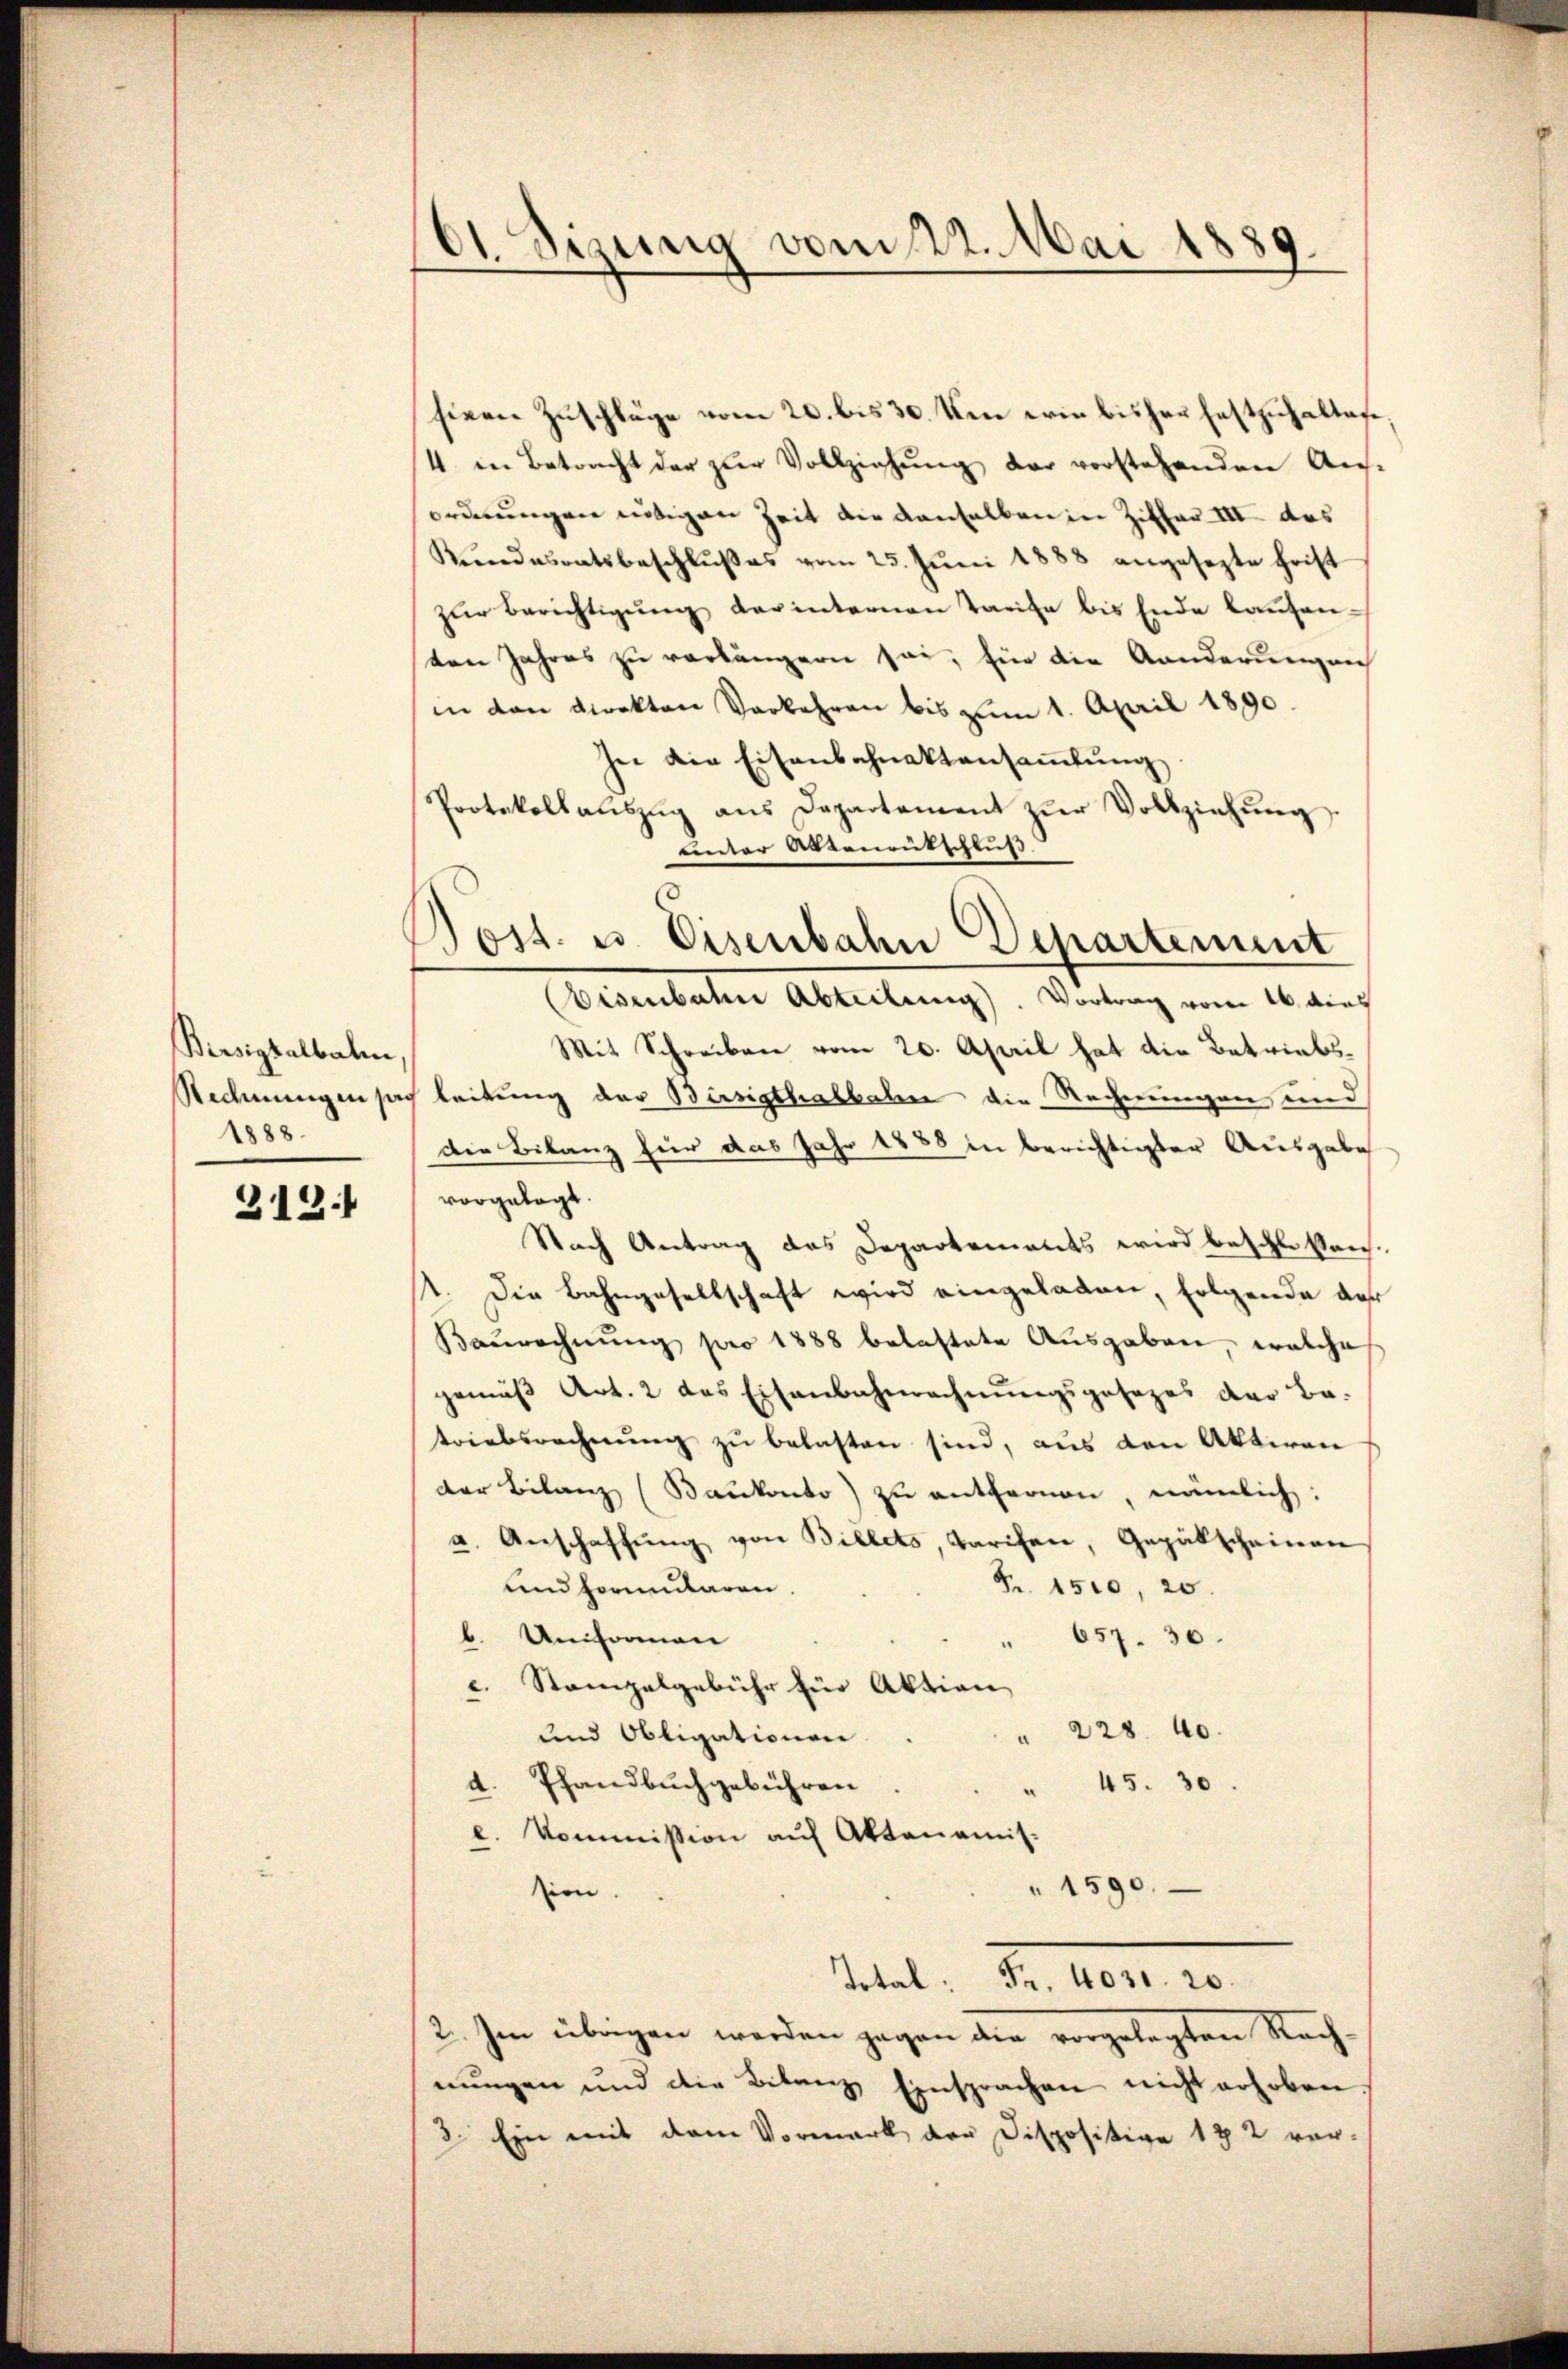
Birsigtalbahn,
Rechnungen per¬
1888.

212.

61. Sizung vom 22. Mai 1889.

sieen Zuschläge vom 20. bis 30. Um wie bisher festzuhaltafe,
4. in Betracht der zur Vollziehung der vorstehenden Aus-
ordnungen nötigen Zeit die denselben in Ziffer III des
Rŭndesratsbeschlŭβes vom 25. Jŭni 1888 angesezte Frist
zŭr Berichtigŭng darinternen Tarife bis Ende baŭsen-
ten Jahres zu verlängern sei, für die Anderungen
in den Direkten Vorkehren bis zŭm 1. April 1890.
In die Eisenbahnaktansaṁlŭng
Protokollaŭszŭg ans Departement zŭr Vollziehŭng
unter Aktenentschluss.
isenbahn Abteilung. Vortrag vom 16. dies
Mit Schreiben vom 20. April hat die Betriebsleitung der Bürsigthalbahn die Rechnungen und
Die Bilanz für das Jahr 1888 in berichtigter Ausgabe
vorgelegt.
Nach Antrag des Departements wird beschlossen.
1. Die Bahngesellschaft wird eingeladen, folgende der
Baurechnung pro 1888 belastete Ausgaben, welche
gemäβ Art. 2 das Eisenbahnrechnŭngsgesezes der Be-
triebsrechnŭng zu belasten sind, aus den Aktiven
der Bilanz (Bankonto) zu entfernen, nämlich:
a. Anschaffung von Billets, Tarifen, Gepätscheinen
Fr. 1500, 20.
und Formularen
b. Uniforman
657. 30.
c. Stampelgebühr für Aktion,
228. 40.
und Obligationen
a
d. Pfandbuchgebühren
45. 30
l. Kommission auf Aktenamis.
" 1590.
ien.
titel. Fr. 1804. 20.
2. Im übrigen werden gegen die vorgelegten Nach-
nungen und die Bitanz Einsprachen nicht erhoben.
2. Ein mit dem Vormark der Dispositive 172 ver-

Post. u. Eisenbahn Departement